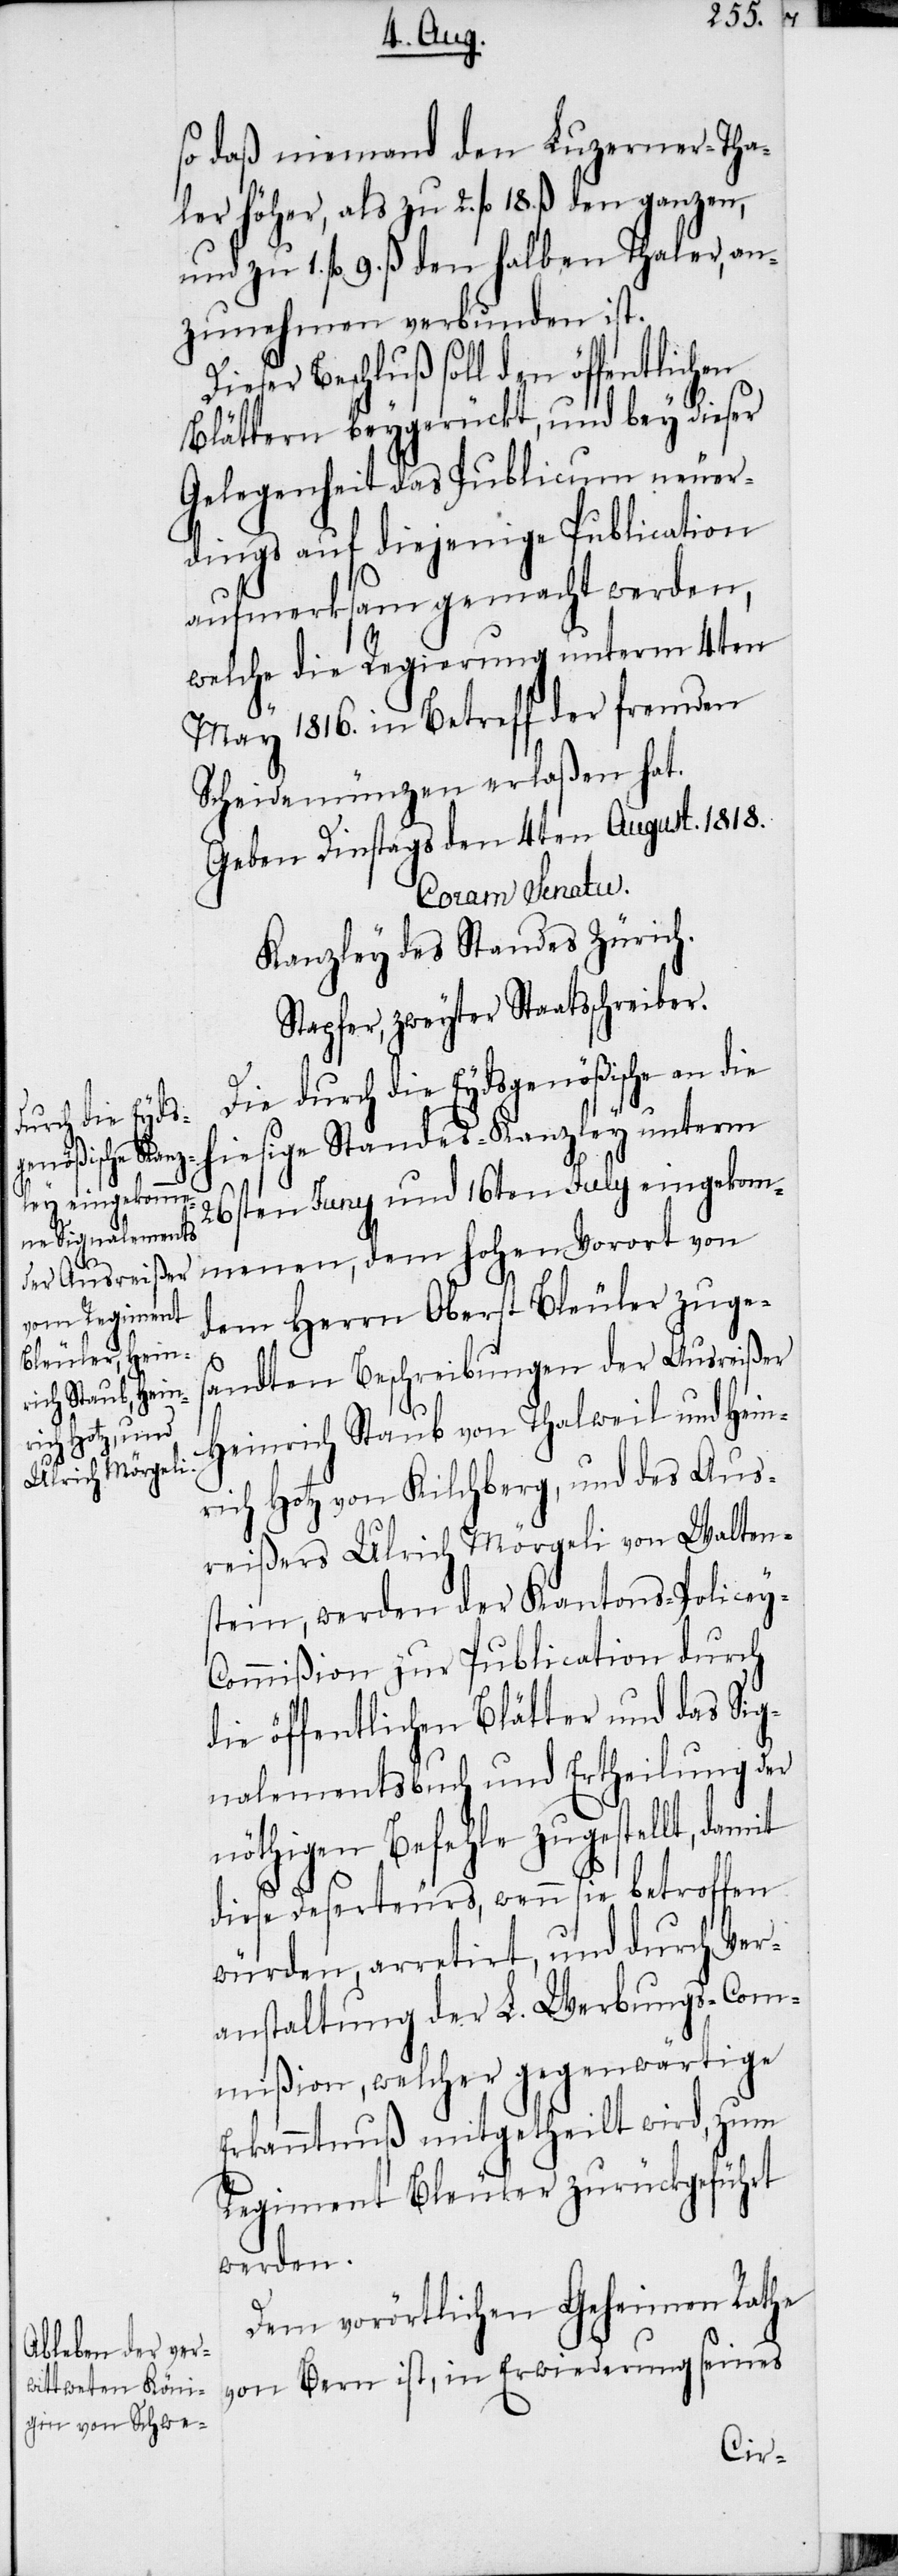
so daß niemand den Luzerner-Tha¬
ler höher, als zu 2. fl 18. ß den ganzen,
und zu 1. fl 9. ß. den halben Thaler, an¬
zunehmen verbunden ist.
ser Beschluß soll den öffentlichen
Blättern beygerückt, und bey dieser
Gelegenheit das Publicum neuer¬
dings auf diejenige Publication
aufmerksam gemacht werden,
welche die Regierung unterm 4ten
May 1816. in Betreff der fremden
Scheidemünzen erlaßen hat.
Geben Dinstags den 4ten August. 1818.
Coram Senatu.
Kanzley des Standes Zürich.
Stapfer, zweyter Staatsschreiber.
Die durch die Eydsgenößische an die
hiesige Standes-Kanzley unterm
26sten Juny und 16ten July eingekom¬
menen, dem hohen Vorort von
dem Herrn Oberst Bleuler zuges¬
andten Beschreibungen der Ausreißer
Heinrich Staub von Thalweil und Hein¬
rich Hotz von Kilchberg, und des Aus¬
reißers Ulrich Mörgeli von Walten¬
stein, werden der Kantons-Policey-C¬
ommißion zur Publication durch
die öffentlichen Blätter und das Sig¬
nalementsbuch und Ertheilung der
nöthigen Befehle zugestellt,
diese Deserteurs, wenn sie betroffen
würden, arretirt, und durch Ver¬
anstaltung der L. Werbungs-Com¬
mißion, welcher gegenwärtige
Erkanntnuß mitgetheilt wird, zum
Regiment Bleuler zurückgeführt
werden.
Dem vorörtlichen Geheimen Rathe
von Bern ist, in Erwiederung seines
Die¬